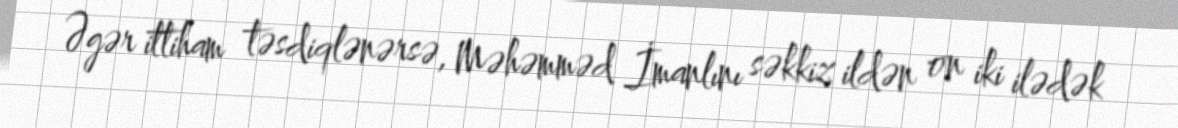
Əgər ittiham təsdiqlənərsə, Məhəmməd İmanlını səkkiz ildən on iki ilədək